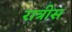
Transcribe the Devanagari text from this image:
रात्रीस